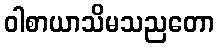
ဝါစာယာသိမသညတော